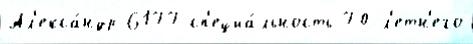
Ал'екса́ндр 6177 сп'ециа́льность 70-л'етн'его